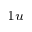
_ { 1 u }